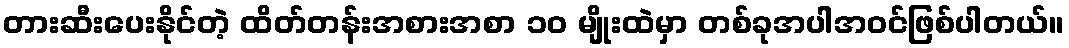
တားဆီးပေးနိုင်တဲ့ ထိတ်တန်းအစားအစာ ၁၀ မျိုးထဲမှာ တစ်ခုအပါအဝင်ဖြစ်ပါတယ်။